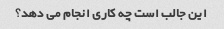
این جالب است چه کاری انجام می دهد؟